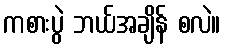
ကစားပွဲ ဘယ်အချိန် စလဲ။